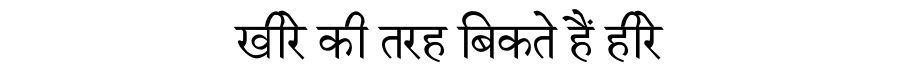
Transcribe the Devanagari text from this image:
खीरे की तरह बिकते हैं हीरे